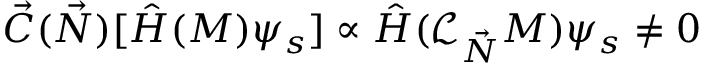
{ \vec { C } } ( { \vec { N } } ) [ { \hat { H } } ( M ) \psi _ { s } ] \propto { \hat { H } } ( { \mathcal { L } } _ { \vec { N } } M ) \psi _ { s } \not = 0